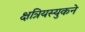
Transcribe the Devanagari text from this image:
क्षत्रियस्युकने